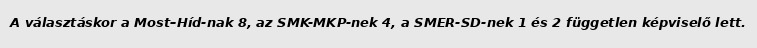
A választáskor a Most–Híd-nak 8, az SMK-MKP-nek 4, a SMER-SD-nek 1 és 2 független képviselő lett.